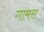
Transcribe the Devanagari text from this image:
गामस